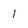
Character: 1